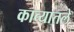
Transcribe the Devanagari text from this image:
काव्यातले